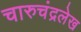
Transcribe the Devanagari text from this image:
चारुचंद्रलेख